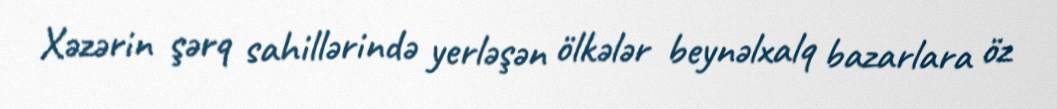
Xəzərin şərq sahillərində yerləşən ölkələr beynəlxalq bazarlara öz